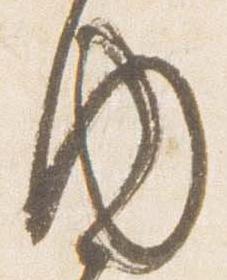
内